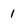
Character: 1